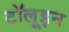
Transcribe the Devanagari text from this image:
टॉलूइन